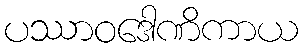
ပဿာဝဒေါဏိကာယ